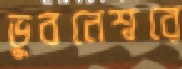
ভুবনেশ্বরে